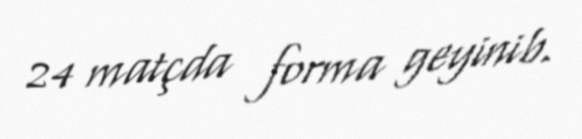
24 matçda forma geyinib.